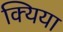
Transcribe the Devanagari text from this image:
क्यिया